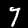
Label: 7